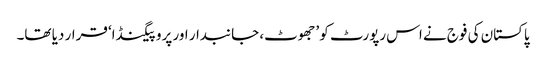
پاکستان کی فوج نے اس رپورٹ کو ’جھوٹ، جانبدار اور پروپیگنڈا‘ قرار دیا تھا۔